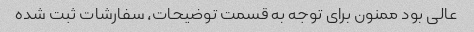
عالی بود ممنون برای توجه به قسمت توضیحات، سفارشات ثبت شده